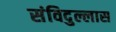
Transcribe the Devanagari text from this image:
संविदुल्लास